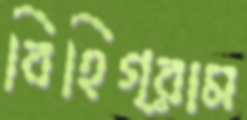
বিহিগ্রাম